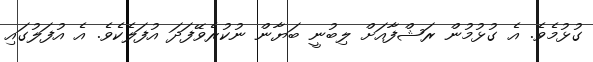
ގުޅުމެވެ. އެ ގުޅުމުން ރަޝްފާއަށް ލިބުނީ ބަޔާން ނުކުރެވޭފަދަ އުފަލެކެވެ. އެ އުފަލުގައި